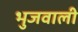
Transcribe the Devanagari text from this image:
भुजवाली